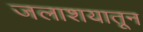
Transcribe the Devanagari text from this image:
जलाशयातून